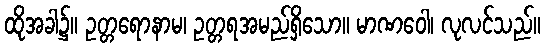
ထိုအခါ၌။ ဥတ္တရောနာမ၊ ဥတ္တရအမည်ရှိသော။ မာဏဝေါ၊ လုလင်သည်။